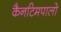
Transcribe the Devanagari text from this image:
कैनटिमपालो